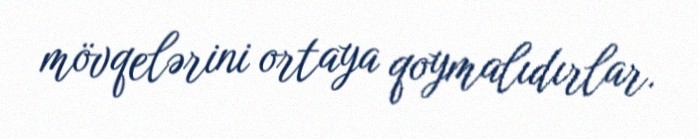
mövqelərini ortaya qoymalıdırlar.